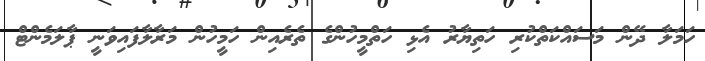
ހަމަލާ ދޭން މަސައްކަތްކުރި ހަތިޔާރު އެޅި ހަތްމީހުންގެ ތެރެއިން ހަމީހުން މަރާލާފައިވަނީ ޕާލަމެންޓް